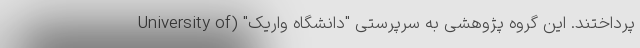
پرداختند. این گروه پژوهشی به سرپرستی "دانشگاه واریک" (University of